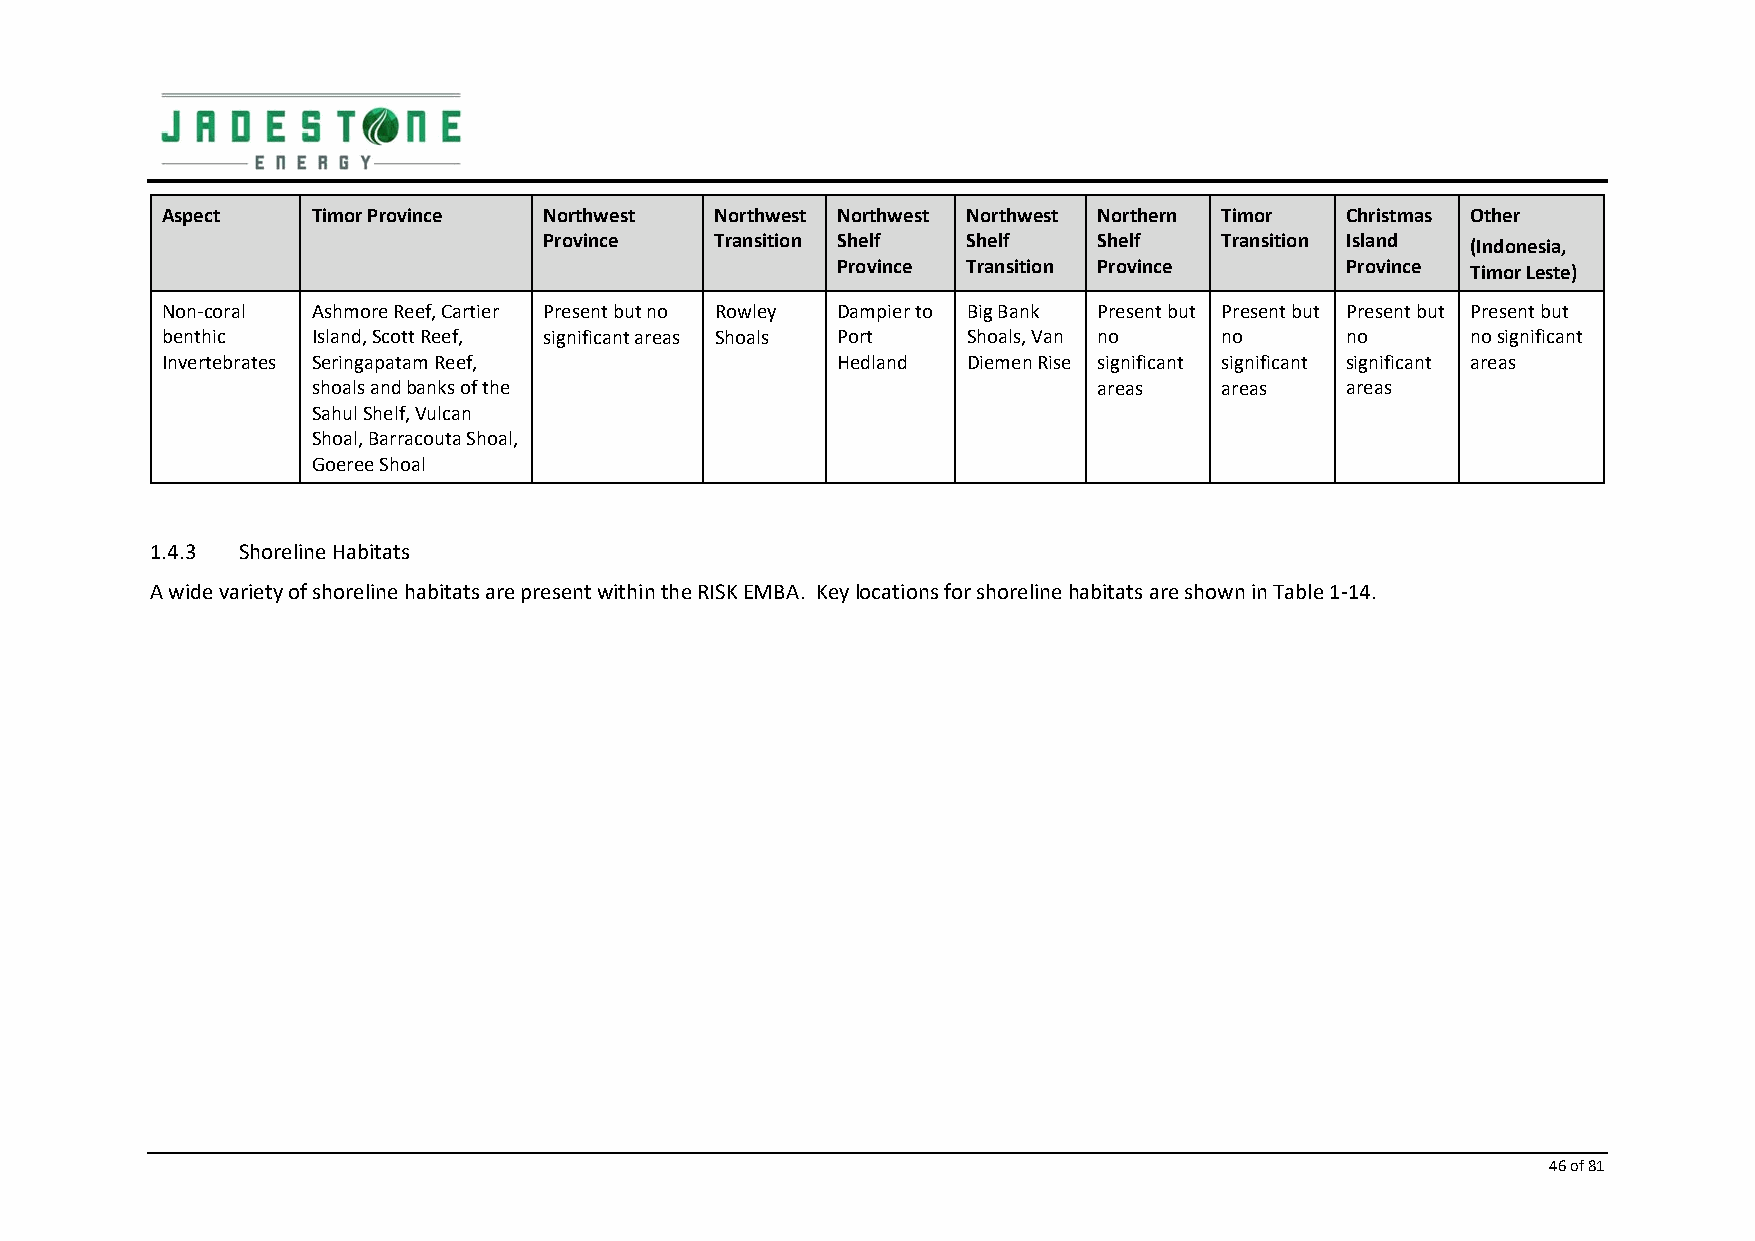
Aspect    Timor Province Northwest  Northwest Northwest Northwest Northern Timor Christmas Other
 Province   Transition Shelf Shelf    Shelf   Transition Island (Indonesia,
 Province Transition Province      Province Timor Leste)
 Non‐coral Ashmore Reef, Cartier Present but no Rowley Dampier to Big Bank Present but Present but Present but Present but
 benthic   Island, Scott Reef, significant areas Shoals Port Shoals, Van no no no      no significant
 Invertebrates Seringapatam Reef,            Hedland  Diemen Rise significant significant significant areas
 shoals and banks of the                             areas   areas   areas
 Sahul Shelf, Vulcan
 Shoal, Barracouta Shoal,
 Goeree Shoal
 1.4.3 Shoreline Habitats
 A wide variety of shoreline habitats are present within the RISK EMBA. Key locations for shoreline habitats are shown in Table 1‐14.
 46 of 81